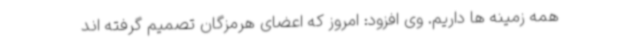
همه زمینه ها داریم. وی افزود: امروز که اعضای هرمزگان تصمیم گرفته اند